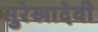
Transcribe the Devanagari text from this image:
सुरेखादेवी